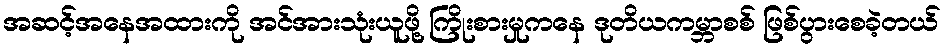
အဆင့်အနေအထားကို အင်အားသုံးယူဖို့ ကြိုးစားမှုကနေ ဒုတိယကမ္ဘာစစ် ဖြစ်ပွားစေခဲ့တယ်